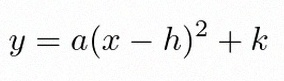
y=a(x-h)^2+k